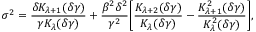
\sigma ^ { 2 } = \frac { \delta K _ { \lambda + 1 } ( \delta \gamma ) } { \gamma K _ { \lambda } ( \delta \gamma ) } + \frac { \beta ^ { 2 } \delta ^ { 2 } } { \gamma ^ { 2 } } \Bigg [ \frac { K _ { \lambda + 2 } ( \delta \gamma ) } { K _ { \lambda } ( \delta \gamma ) } - \frac { K _ { \lambda + 1 } ^ { 2 } ( \delta \gamma ) } { K _ { \lambda } ^ { 2 } ( \delta \gamma ) } \Bigg ] ,